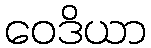
ဝေဒိယာ